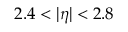
2 . 4 < | \eta | < 2 . 8